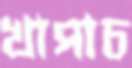
খাপাচ